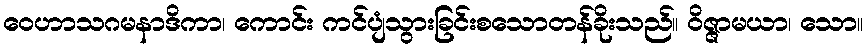
ဝေဟာသဂမနာဒိကာ၊ ကောင်း ကင်ပျံသွားခြင်းစသောတန်ခိုးသည်။ ဝိဇ္ဇာမယာ၊ သော။